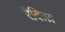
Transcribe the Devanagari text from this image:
रैदित्ज़